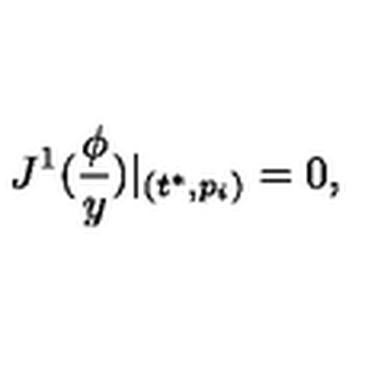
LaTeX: J ^ { 1 } ( \frac \phi y ) | _ { ( t ^ { * } , p _ { i } ) } = 0 ,